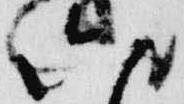
六